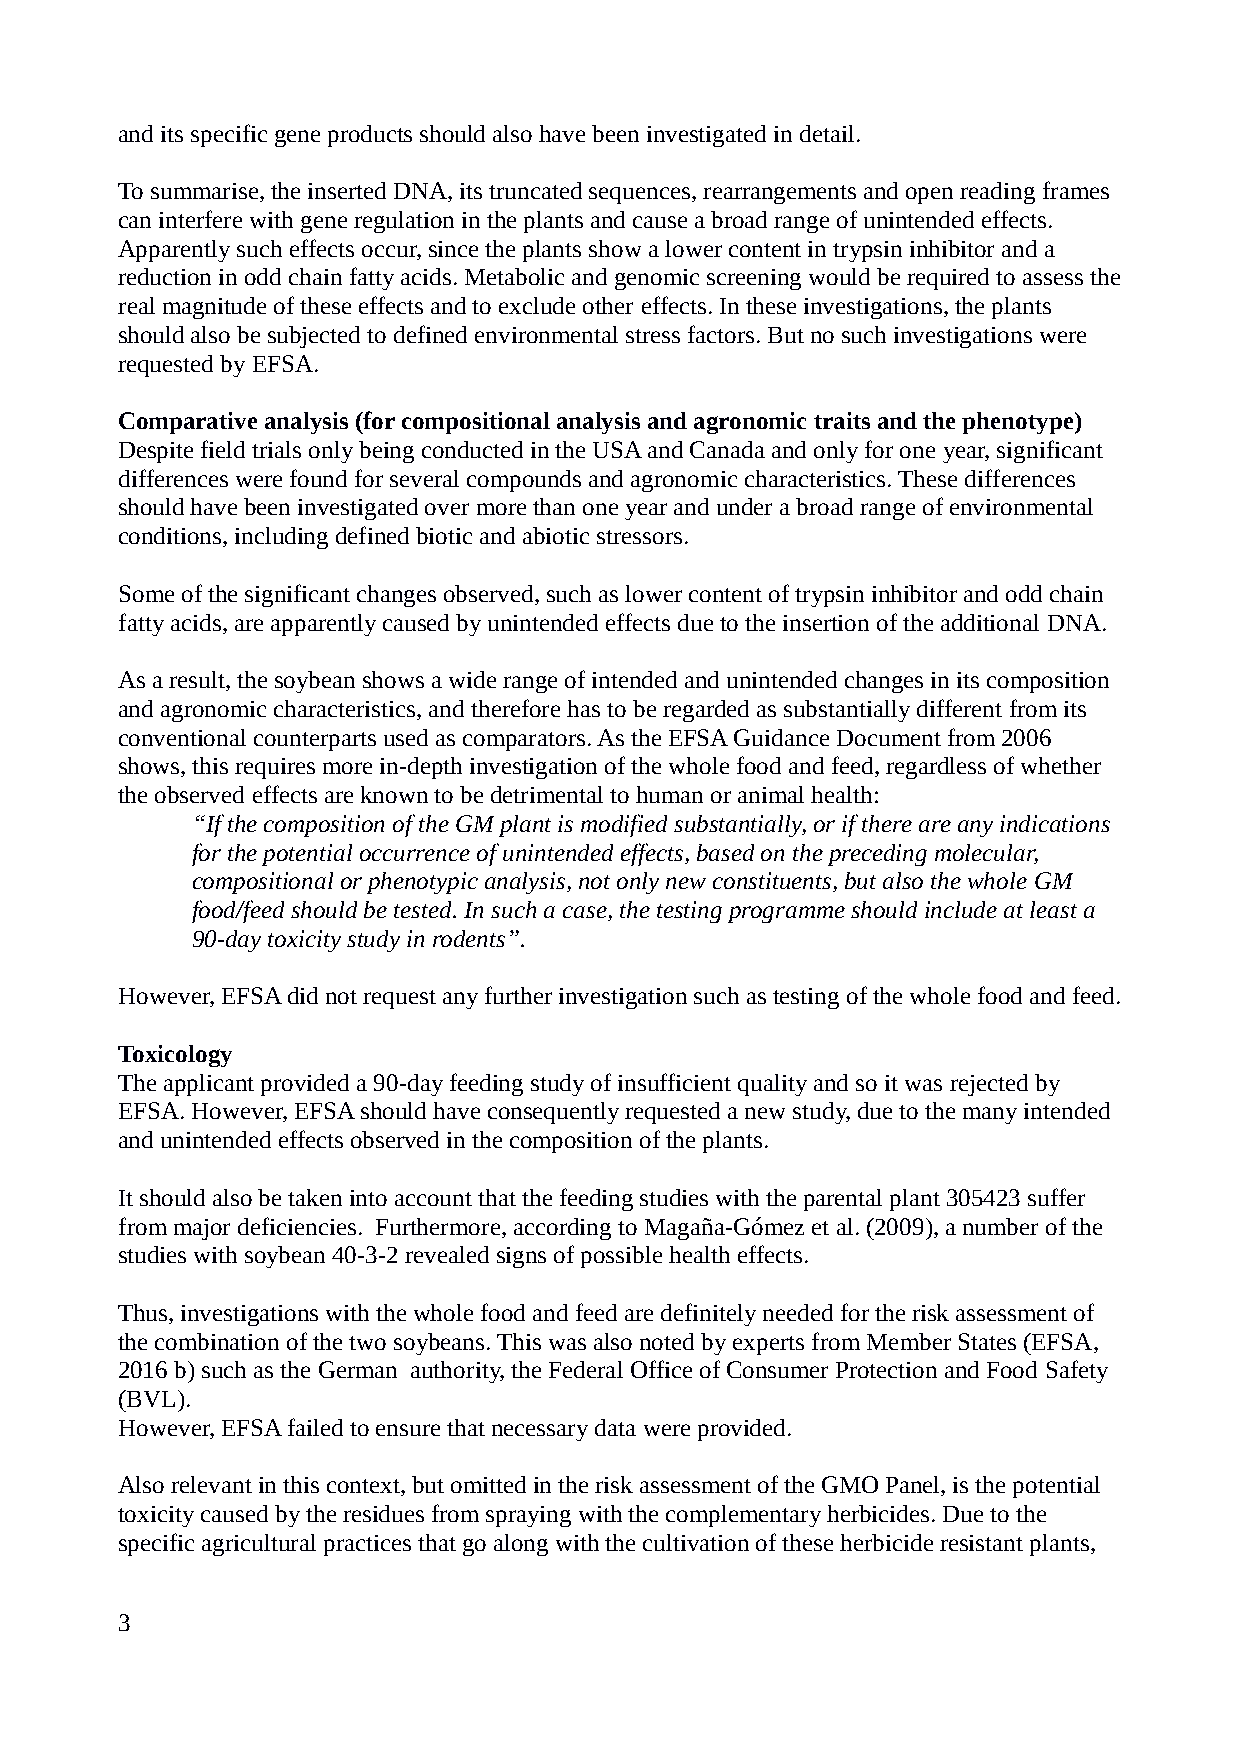
and its specific gene products should also have been investigated in detail.
 To summarise, the inserted DNA, its truncated sequences, rearrangements and open reading frames
 can interfere with gene regulation in the plants and cause a broad range of unintended effects.
 Apparently such effects occur, since the plants show a lower content in trypsin inhibitor and a
 reduction in odd chain fatty acids. Metabolic and genomic screening would be required to assess the
 real magnitude of these effects and to exclude other effects. In these investigations, the plants
 should also be subjected to defined environmental stress factors. But no such investigations were
 requested by EFSA.
 Comparative analysis (for compositional analysis and agronomic traits and the phenotype)
 Despite field trials only being conducted in the USA and Canada and only for one year, significant
 differences were found for several compounds and agronomic characteristics. These differences
 should have been investigated over more than one year and under a broad range of environmental
 conditions, including defined biotic and abiotic stressors.
 Some of the significant changes observed, such as lower content of trypsin inhibitor and odd chain
 fatty acids, are apparently caused by unintended effects due to the insertion of the additional DNA.
 As a result, the soybean shows a wide range of intended and unintended changes in its composition
 and agronomic characteristics, and therefore has to be regarded as substantially different from its
 conventional counterparts used as comparators. As the EFSA Guidance Document from 2006
 shows, this requires more in-depth investigation of the whole food and feed, regardless of whether
 the observed effects are known to be detrimental to human or animal health:
 “If the composition of the GM plant is modified substantially, or if there are any indications
 for the potential occurrence of unintended effects, based on the preceding molecular,
 compositional or phenotypic analysis, not only new constituents, but also the whole GM
 food/feed should be tested. In such a case, the testing programme should include at least a
 90-day toxicity study in rodents”.
 However, EFSA did not request any further investigation such as testing of the whole food and feed.
 Toxicology
 The applicant provided a 90-day feeding study of insufficient quality and so it was rejected by
 EFSA. However, EFSA should have consequently requested a new study, due to the many intended
 and unintended effects observed in the composition of the plants.
 It should also be taken into account that the feeding studies with the parental plant 305423 suffer
 from major deficiencies. Furthermore, according to Magaña-Gómez et al. (2009), a number of the
 studies with soybean 40-3-2 revealed signs of possible health effects.
 Thus, investigations with the whole food and feed are definitely needed for the risk assessment of
 the combination of the two soybeans. This was also noted by experts from Member States (EFSA,
 2016 b) such as the German authority, the Federal Office of Consumer Protection and Food Safety
 (BVL).
 However, EFSA failed to ensure that necessary data were provided.
 Also relevant in this context, but omitted in the risk assessment of the GMO Panel, is the potential
 toxicity caused by the residues from spraying with the complementary herbicides. Due to the
 specific agricultural practices that go along with the cultivation of these herbicide resistant plants,
 3